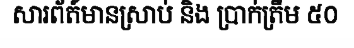
សារព័ត៍មានស្រាប់ និង ប្រាក់ត្រឹម ៥០